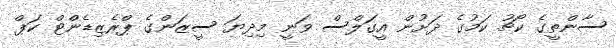
ސާންތީގެ ކޯޗު ކަމުގެ ދަށުން އީގަލްސް ވަނީ މިދިޔަ ސީޒަންގެ ޕްރެޒިޑެންޓް ކަޕް